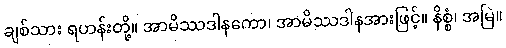
ချစ်သား ရဟန်းတို့။ အာမိဿဒါနကော၊ အာမိဿဒါနအားဖြင့်။ နိစ္စံ၊ အမြဲ။